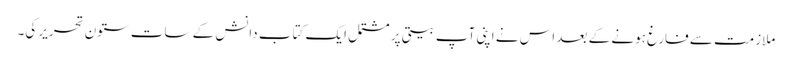
ملازمت سے فارغ ہونے کے بعد اس نے اپنی آپ بیتی پر مشتمل ایک کتاب دانش کے سات ستون تحریر کی۔